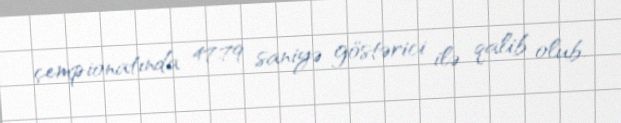
çempionatında 47.79 saniyə göstərici ilə qalib olub.